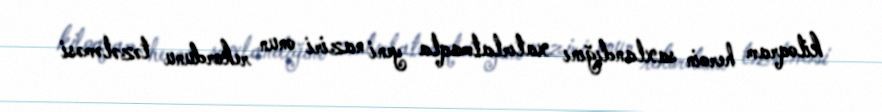
kiloqram heroin saxlandığını xatırlatmaqla yeni naziri onun rekordunu təzələməsi